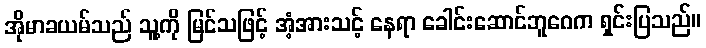
အိုမာခယမ်သည် သူ့ကို မြင်သဖြင့် အံ့အားသင့် နေရာ ခေါင်းဆောင်ဘူဂေက ရှင်းပြသည်။